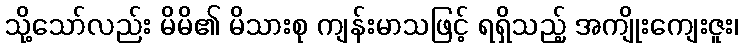
သို့သော်လည်း မိမိ၏ မိသားစု ကျန်းမာသဖြင့် ရရှိသည့် အကျိုးကျေးဇူး၊